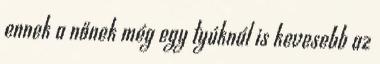
ennek a nőnek még egy tyúknál is kevesebb az